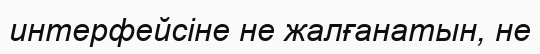
интерфейсіне не жалғанатын, не